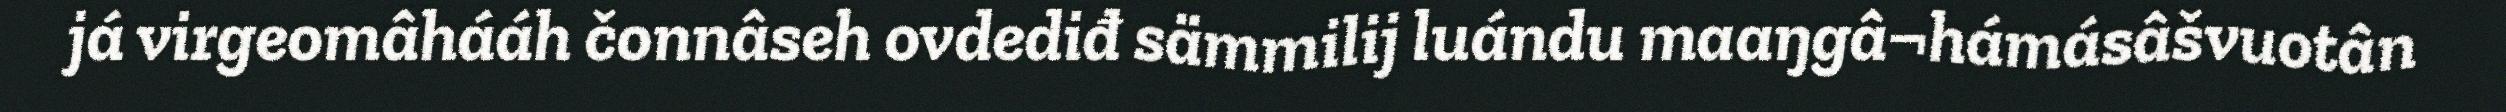
já virgeomâhááh čonnâseh ovdediđ sämmilij luándu maaŋgâ¬hámásâšvuotân